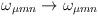
LaTeX: \begin{align*}\omega_{\mu m n} \rightarrow \omega_{\mu m n }\end{align*}